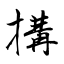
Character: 搆